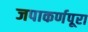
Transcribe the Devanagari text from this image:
जपाकर्णपूरा